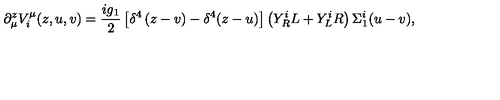
\partial _ { \mu } ^ { z } V _ { i } ^ { \mu } ( z , u , v ) = \frac { i g _ { 1 } } { 2 } \left[ \delta ^ { 4 } \left( z - v \right) - \delta ^ { 4 } ( z - u ) \right] \left( Y _ { R } ^ { i } L + Y _ { L } ^ { i } R \right) \Sigma _ { 1 } ^ { i } ( u - v ) ,